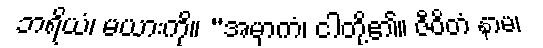
ဘရိယံ၊ မယားကို။ “အမှာကံ၊ ငါတို့၏။ ဇီဝိတံ နာမ၊